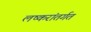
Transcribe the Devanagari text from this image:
लष्करांतर्गत